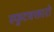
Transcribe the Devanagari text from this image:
स्फुटवक्तारो